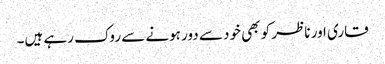
قاری اور ناظر کو بھی خود سے دور ہونے سے روک رہے ہیں۔